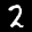
Label: 2